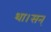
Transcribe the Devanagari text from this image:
था।सन्